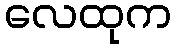
လေထုက